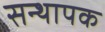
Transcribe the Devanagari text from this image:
सन्थापक